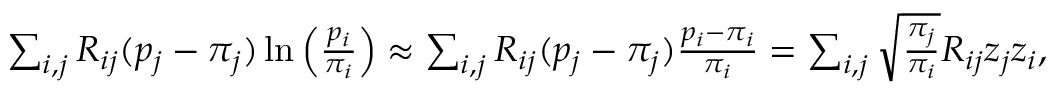
\begin{array} { r } { \sum _ { i , j } R _ { i j } ( p _ { j } - \pi _ { j } ) \ln \left( \frac { p _ { i } } { \pi _ { i } } \right) \approx \sum _ { i , j } R _ { i j } ( p _ { j } - \pi _ { j } ) \frac { p _ { i } - \pi _ { i } } { \pi _ { i } } = \sum _ { i , j } \sqrt { \frac { \pi _ { j } } { \pi _ { i } } } R _ { i j } z _ { j } z _ { i } , } \end{array}